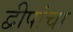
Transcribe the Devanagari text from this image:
द्वीपांचा